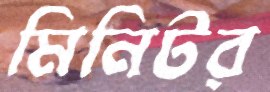
মিনিটর